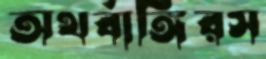
অথর্বাঙ্গিরস